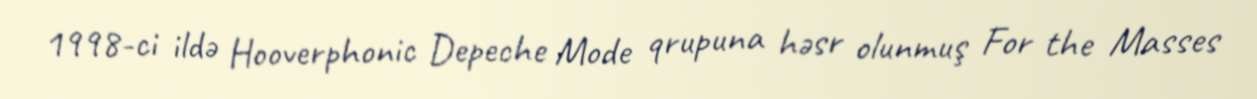
1998-ci ildə Hooverphonic Depeche Mode qrupuna həsr olunmuş For the Masses